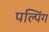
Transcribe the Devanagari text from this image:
पल्पिंग